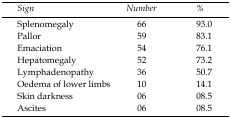
<table><thead><tr><td><b><i>Sign</i></b></td><td><b><i>Number</i></b></td><td><b><i>%</i></b></td></tr></thead><tbody><tr><td>Splenomegaly</td><td>66</td><td>93.0</td></tr><tr><td>Pallor</td><td>59</td><td>83.1</td></tr><tr><td>Emaciation</td><td>54</td><td>76.1</td></tr><tr><td>Hepatomegaly</td><td>52</td><td>73.2</td></tr><tr><td>Lymphadenopathy</td><td>36</td><td>50.7</td></tr><tr><td>Oedema of lower limbs</td><td>10</td><td>14.1</td></tr><tr><td>Skin darkness</td><td>06</td><td>08.5</td></tr><tr><td>Ascites</td><td>06</td><td>08.5</td></tr></tbody></table>